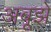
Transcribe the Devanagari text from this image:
अबूझे